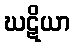
ဃဋိယာ